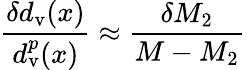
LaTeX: {\frac{\delta d_{\mathrm{v}}(x)}{d_{\mathrm{v}}^{p}(x)}}\approx{\frac{\delta M_{2}}{M-M_{2}}}